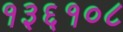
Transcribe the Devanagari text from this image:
१३६१०८